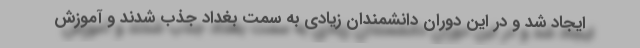
ایجاد شد و در این دوران دانشمندان زیادی به سمت بغداد جذب شدند و آموزش